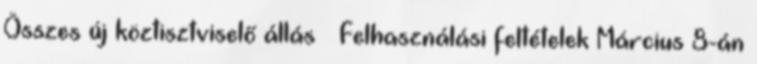
Összes új köztisztviselő állás » Felhasználási feltételek Március 8-án